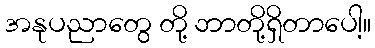
အနုပညာတွေ တို့ ဘာတို့ရှိတာပေါ့။